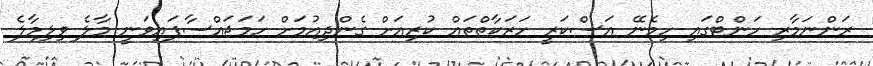
ރަންނަމާރި ހަންޓްގައި ހިމެނޭ އަސްކަރީ ހަރަކާތްތައް ކުރިއަށް ގެންދިއުމަށް ހަމަޖައްސާފައިވަނީ މާލެ ވިލިމާލެ